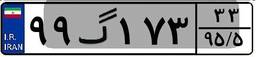
۹۹گ۱۷۳۳۳